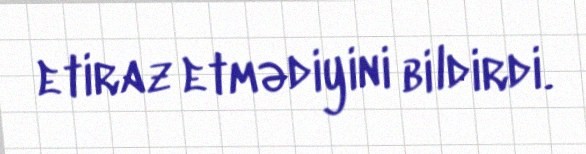
etiraz etmədiyini bildirdi.